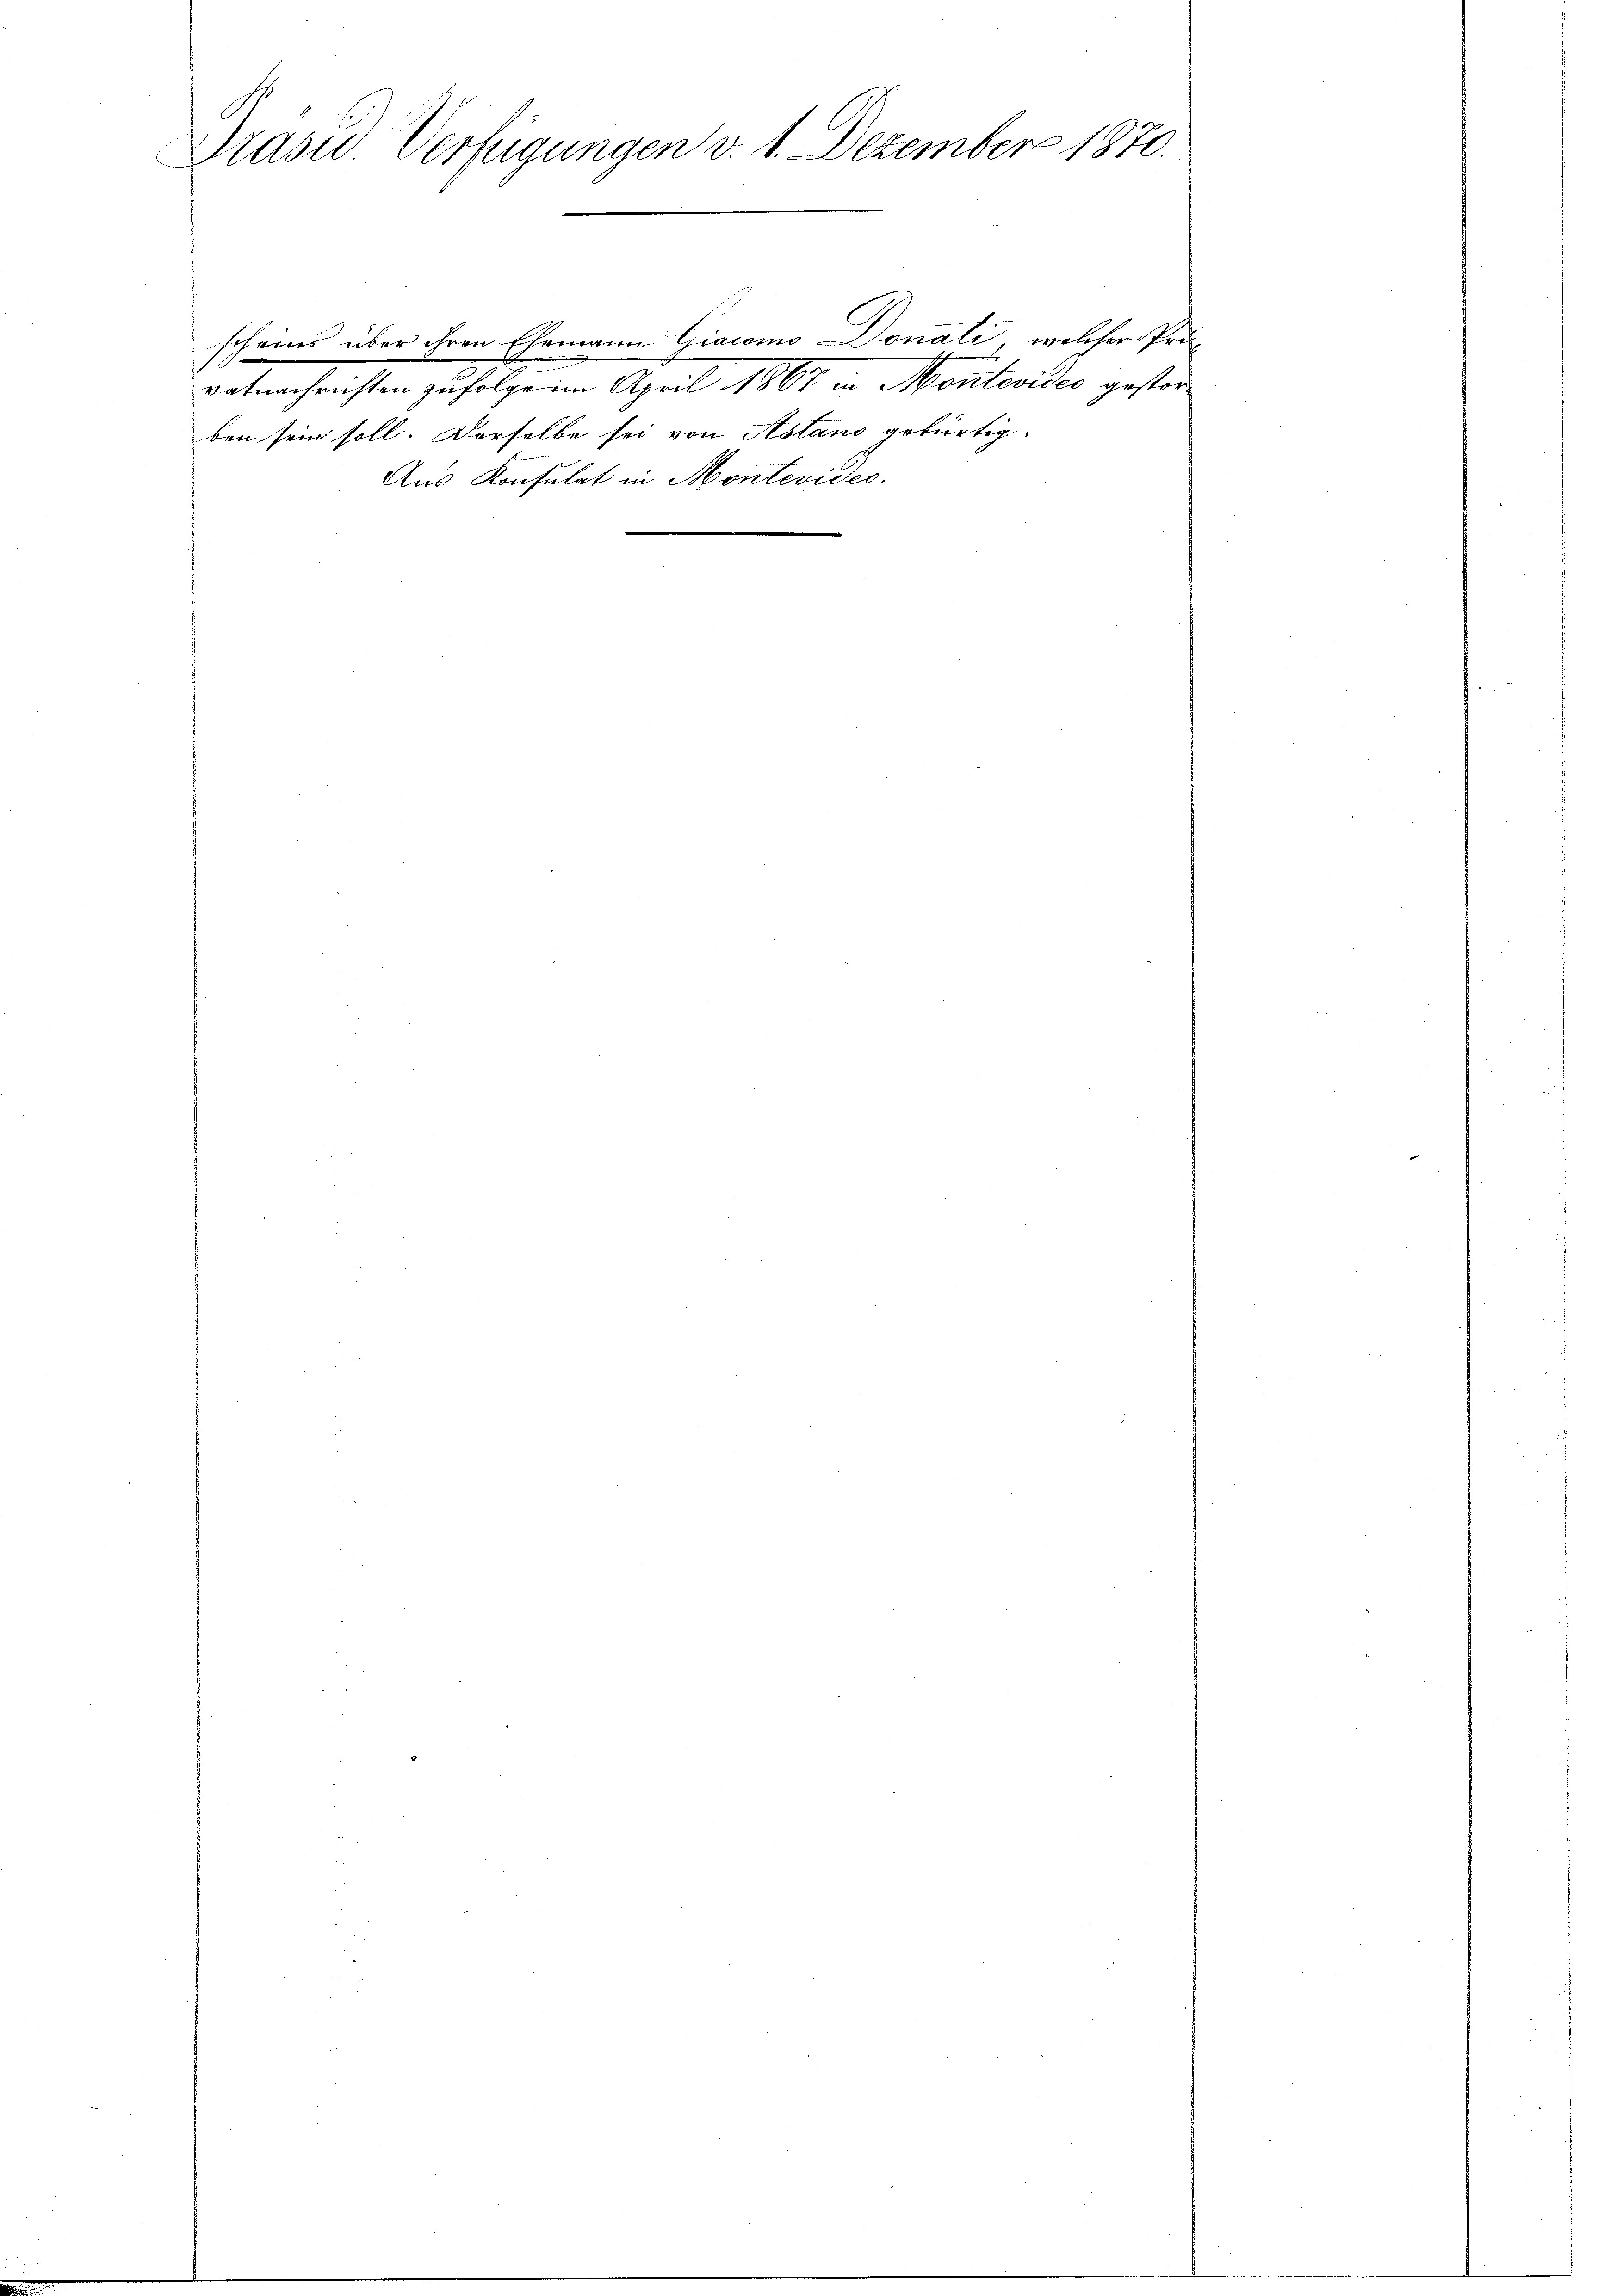
Präsid Verfügungen v. 1. Dezember 1870.

scheins über ihren Ehemann Giacomo Donati, welcher Prü¬
1
vatnachrichten zufolge im April 1867 in Montevideo gestorben sein soll. Derselbe sei von Astano gebürtig-
Aus Konsulat in Montevides.